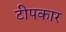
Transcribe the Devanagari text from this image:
टीपकार